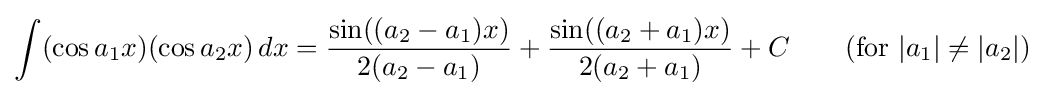
\int (\cos a_{1}x)(\cos a_{2}x)\,dx={\frac {\sin((a_{2}-a_{1})x)}{2(a_{2}-a_{1})}}+{\frac {\sin((a_{2}+a_{1})x)}{2(a_{2}+a_{1})}}+C\qquad {\mbox{(for }}|a_{1}|\neq |a_{2}|{\mbox{)}}